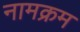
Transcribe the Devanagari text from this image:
नामक्रम